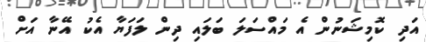
އަދި ކޮމިޝަނުން އެ މައްސަލަ ބަލައި ދިން ލަފަޔާ އެކު އޭނާ އަށް